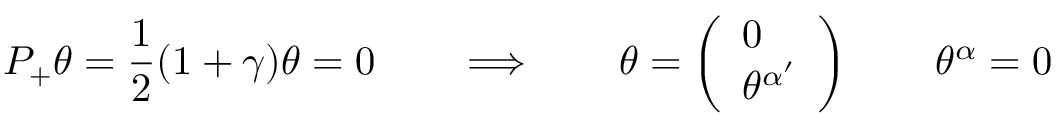
{ \cal P _ { + } } \theta = { \frac { 1 } { 2 } } ( 1 + \gamma ) \theta = 0 \qquad \Longrightarrow \qquad \theta = \left( \begin{array} { l } { { 0 } } \\ { { \theta ^ { \alpha ^ { \prime } } } } \end{array} \right) \qquad \theta ^ { \alpha } = 0